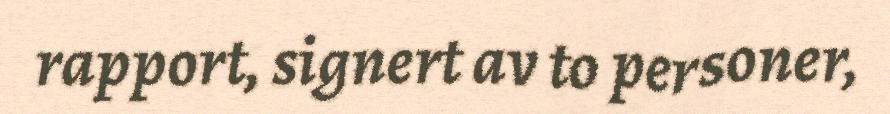
rapport, signert av to personer,